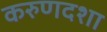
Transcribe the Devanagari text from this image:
करुणदशा